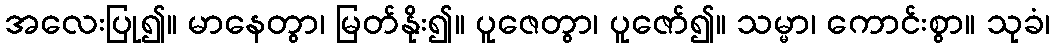
အလေးပြု၍။ မာနေတွာ၊ မြတ်နိုး၍။ ပူဇေတွာ၊ ပူဇော်၍။ သမ္မာ၊ ကောင်းစွာ။ သုခံ၊